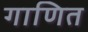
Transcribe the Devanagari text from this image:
गाणित